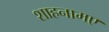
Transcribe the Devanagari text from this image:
शाहनामए